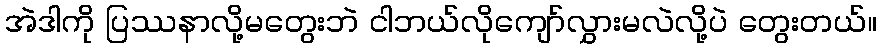
အဲဒါကို ပြဿနာလို့မတွေးဘဲ ငါဘယ်လိုကျော်လွှားမလဲလို့ပဲ တွေးတယ်။